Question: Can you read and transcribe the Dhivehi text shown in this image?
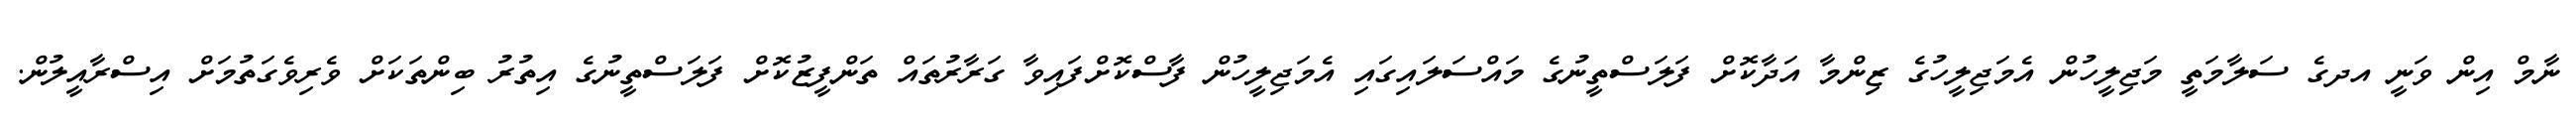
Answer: ނާމް އިން ވަނީ އދގެ ސަލާމަތީ މަޖިލީހުން އެމަޖިލީހުގެ ޒިންމާ އަދާކޮށް ފަލަސްތީނުގެ މައްސަލައިގައި އެމަޖިލީހުން ފާސްކޮށްފައިވާ ގަރާރުތައް ތަންފީޒުކޮށް ފަލަސްތީނުގެ އިތުރު ބިންތަކަށް ވެރިވެގަތުމަށް އިސްރާއީލުން.